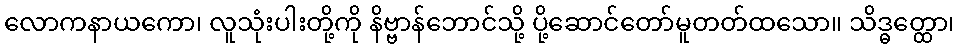
လောကနာယကော၊ လူသုံးပါးတို့ကို နိဗ္ဗာန်ဘောင်သို့ ပို့ဆောင်တော်မူတတ်ထသော။ သိဒ္ဓတ္ထော၊